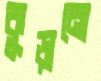
কুড়ানো